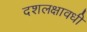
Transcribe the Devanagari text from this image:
दशलक्षावधी